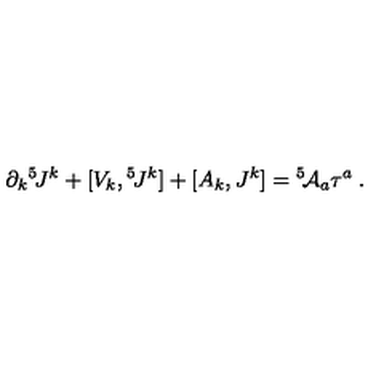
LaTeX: \partial _ { k } { } ^ { 5 } \! J ^ { k } + [ V _ { k } , { } ^ { 5 } \! J ^ { k } ] + [ A _ { k } , J ^ { k } ] = { } ^ { 5 } \! { \cal A } _ { a } \tau ^ { a } \: .